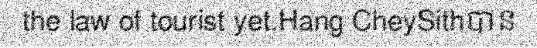
the law of tourist yet.Hang CheySithបាន